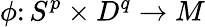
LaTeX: \phi\colon S^{p}\times D^{q}\to M